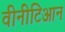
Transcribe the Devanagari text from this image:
वीनीटिआन